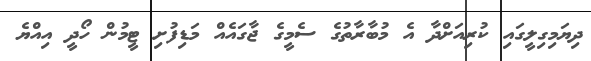
ދިޔަމިގިލީގައި ކުރިއަށްދާ އެ މުބާރާތުގެ ސެމީގެ ޖާގައެއް މަޑިފުށި ޓީމުން ހޯދީ އިއްޔެ